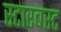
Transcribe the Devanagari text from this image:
स्टारबस्ट